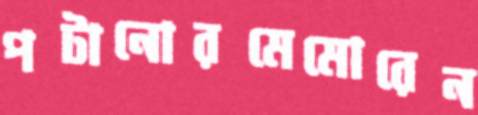
পটানোরমেমোরেন